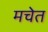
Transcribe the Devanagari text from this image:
मचेत